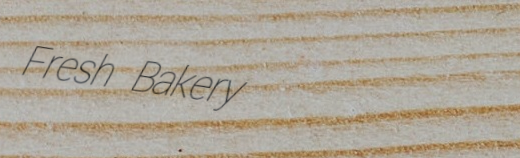
Fresh Bakery